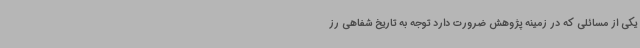
یکی از مسائلی که در زمینه پژوهش ضرورت دارد توجه به تاریخ شفاهی رز